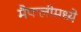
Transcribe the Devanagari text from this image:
मैफलीमध्ये